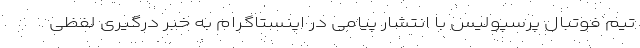
تیم فوتبال پرسپولیس با انتشار پیامی در اینستاگرام به خبر درگیری لفظی